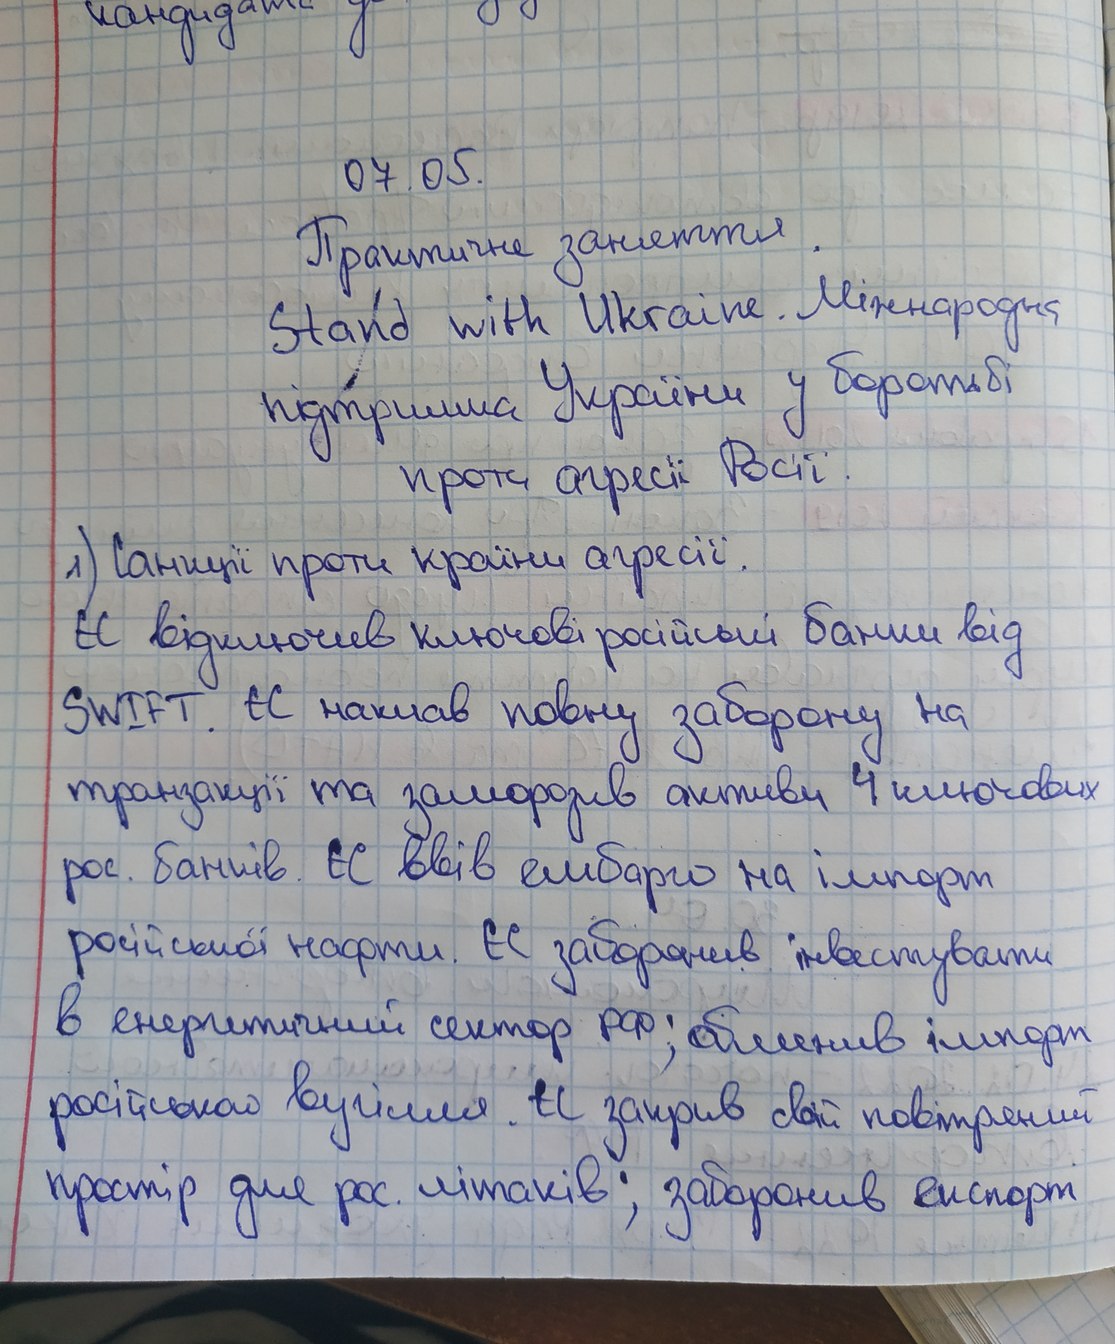
07.05.
Практичне заняття
Stand with Ukraine. Міжнародна
підтримка України у боротьбі
проти агресії Росії.
1) Санкції проти країни агресії.
ЄС відключив ключові російські банки від
SWIFT. ЄС наклав повну заборону на
транзакції та заморозив активи 4 ключових
рос. банків. ЄС ввів ембарго на імпорт
російської нафти. ЄС заборонив інвестувати
в енергетичний сектор рф; обмежив імпорт
російського вугілля. ЄС закрив свій повітряний
простір для рос. літаків; заборонив експорт